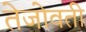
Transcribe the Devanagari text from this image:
तेजोवती